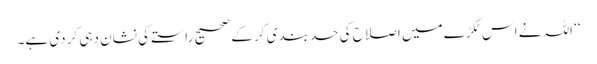
‘‘ اللہ نے اس ٹکڑے میں اصلاح کی حد بندی کر کے صحیح راستے کی نشان دہی کر دی ہے۔